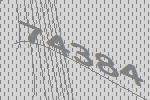
74384